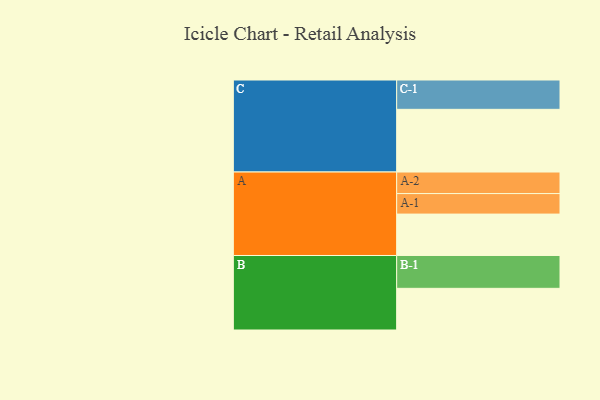
{"axis": {"x": "Segment", "y": "Value"}, "legend": ["", "A", "B", "C"], "data": [{"x": "A", "y": 319, "type": ""}, {"x": "B", "y": 321, "type": ""}, {"x": "C", "y": 483, "type": ""}, {"x": "A-1", "y": 158, "type": "A"}, {"x": "A-2", "y": 166, "type": "A"}, {"x": "B-1", "y": 253, "type": "B"}, {"x": "C-1", "y": 226, "type": "C"}]}